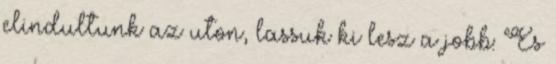
elindultunk az uton, lassuk ki lesz a jobb: Es